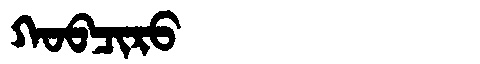
Manchu: ᡴᠣᠪᠴᡳᡵᠣ
Romanization: KOBCIRO